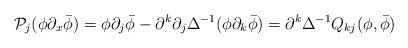
LaTeX: \begin{align*}\mathcal P_j ( \phi \partial_x \bar \phi) = \phi \partial_j \bar \phi - \partial^{k} \partial_j \Delta^{-1} (\phi \partial_k \bar \phi) = \partial^{k} \Delta^{-1} Q_{kj}(\phi,\bar \phi)\end{align*}